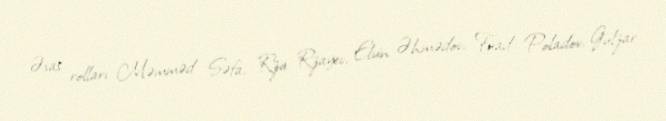
Əsas rolları Məmməd Səfa, Rza Rzayev, Elvin Əhmədov, Fuad Poladov, Gülzar